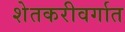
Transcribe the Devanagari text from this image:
शेतकरीवर्गात